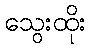
သွေးထိုး